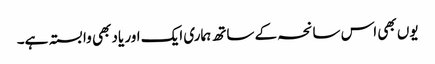
یوں بھی اس سانحہ کے ساتھ ہماری ایک اور یاد بھی وابستہ ہے۔